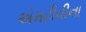
એમટીવીના